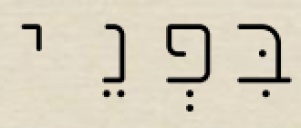
בִּפְנֵי